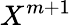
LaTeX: X^{m+1}